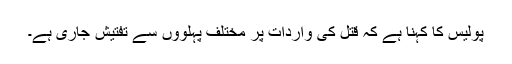
پولیس کا کہنا ہے کہ قتل کی واردات پر مختلف پہلووں سے تفتیش جاری ہے۔